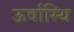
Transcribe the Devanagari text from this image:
ऊर्वास्थि